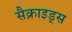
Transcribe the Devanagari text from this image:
सैक्राइड्स